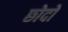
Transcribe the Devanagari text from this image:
छोदों